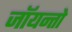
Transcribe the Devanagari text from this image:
जॉयन्तो